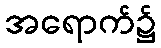
အရောက်၌